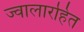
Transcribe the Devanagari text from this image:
ज्वालारहित